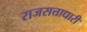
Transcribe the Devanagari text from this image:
राजसत्ताधारी